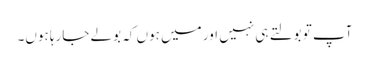
آپ تو بولتے ہی نہیں اور میں ہوں کہ بولے جارہا ہوں۔